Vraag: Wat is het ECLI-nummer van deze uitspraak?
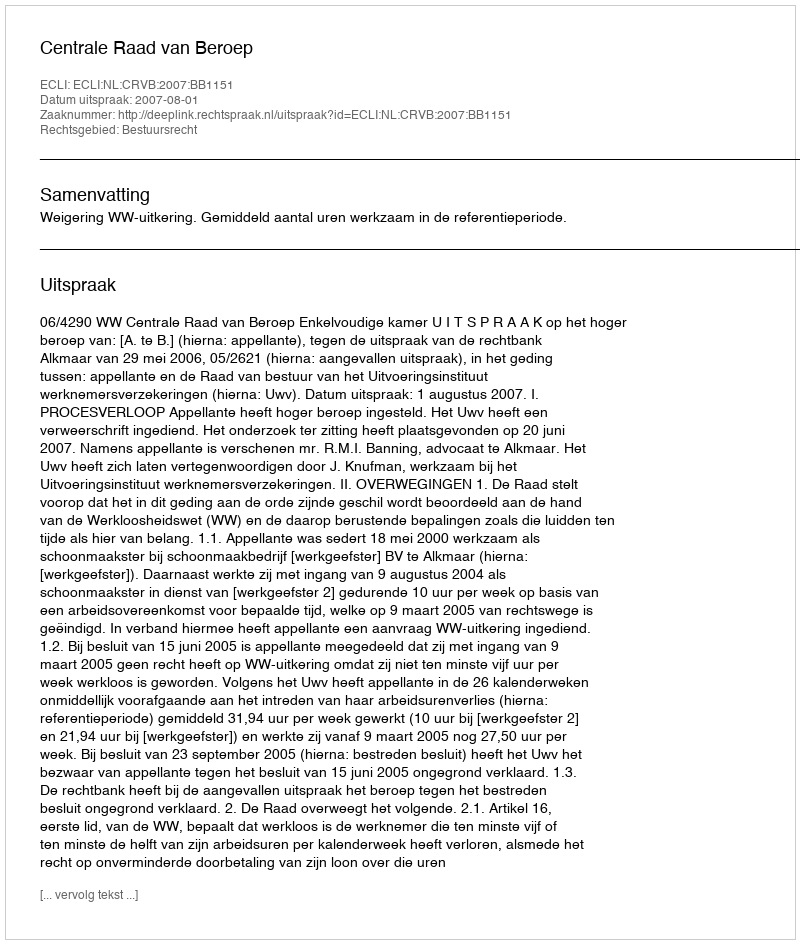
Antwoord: ECLI:NL:CRVB:2007:BB1151